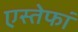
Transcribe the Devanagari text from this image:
एस्तेफां